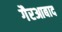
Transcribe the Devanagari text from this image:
गैरआबाद